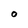
Character: O